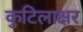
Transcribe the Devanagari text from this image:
कुटिलाक्षर